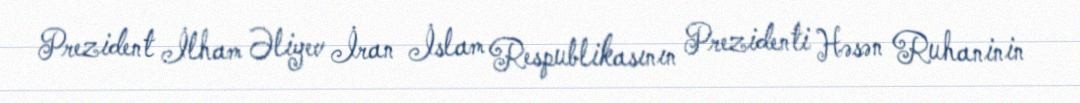
Prezident İlham Əliyev İran İslam Respublikasının Prezidenti Həsən Ruhaninin